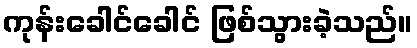
ကုန်းခေါင်ခေါင် ဖြစ်သွားခဲ့သည်။